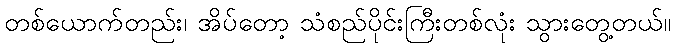
တစ်ယောက်တည်း၊ အိပ်တော့ သံစည်ပိုင်းကြီးတစ်လုံး သွားတွေ့တယ်။